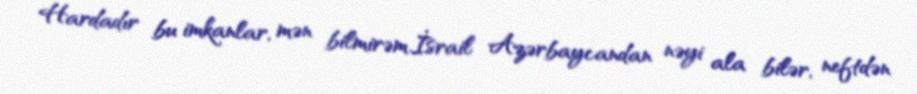
Hardadır bu imkanlar, mən bilmirəm.İsrail Azərbaycandan nəyi ala bilər, neftdən